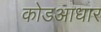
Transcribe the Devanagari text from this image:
कोडआधार